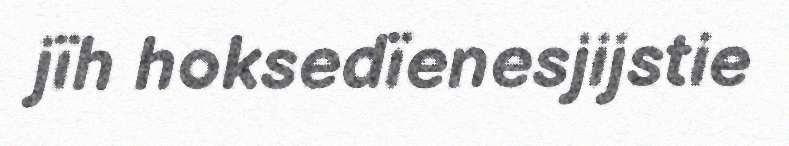
jïh hoksedïenesjijstie